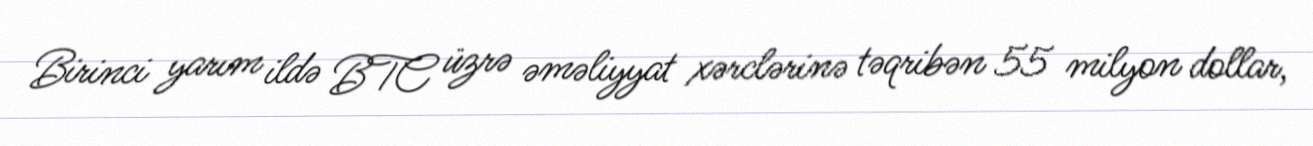
Birinci yarım ildə BTC üzrə əməliyyat xərclərinə təqribən 55 milyon dollar,